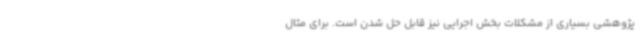
پژوهشی بسیاری از مشکلات بخش اجرایی نیز قابل حل شدن است. برای مثال